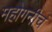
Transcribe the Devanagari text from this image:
महोगनीचं